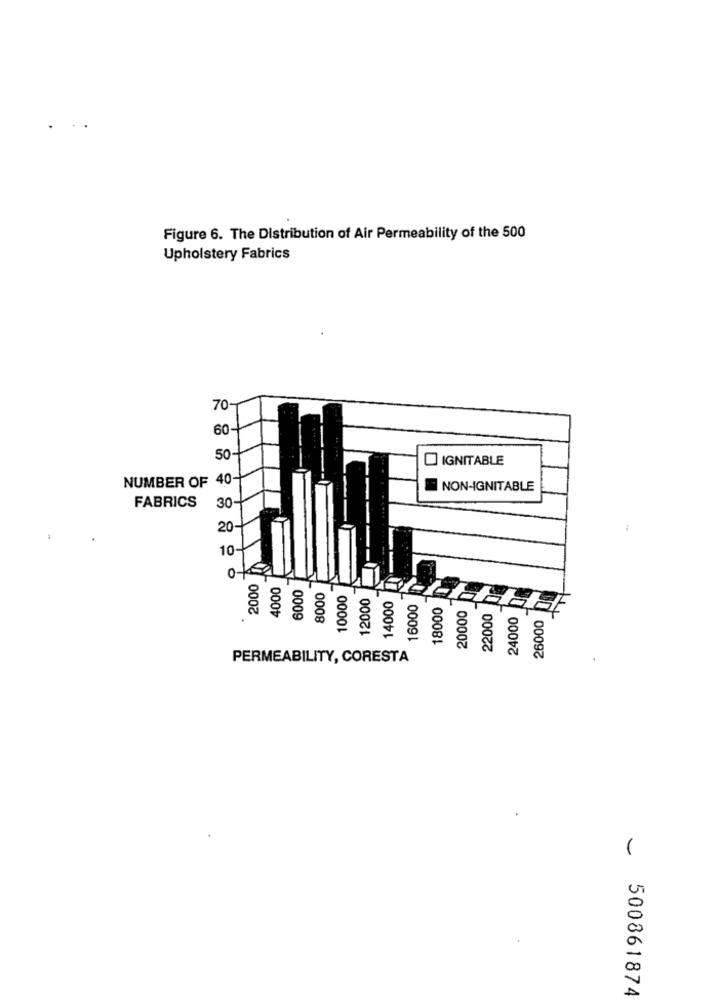
Figure 6. The Distribution of Air Permeability of the 500
Upholstery Fabrics
70-
60-
-
50
IGNITABLE
NUMBER OF 40-
NON-IGNITABLE
FABRICS
30-
20
10
0
2000
4000
6000
8000
10000
12000
14000
16000
18000
20000
22000
24000
26000
PERMEABILITY, CORESTA
500861874